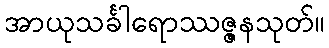
အာယုသင်္ခါရောဿဇ္ဇနသုတ်။